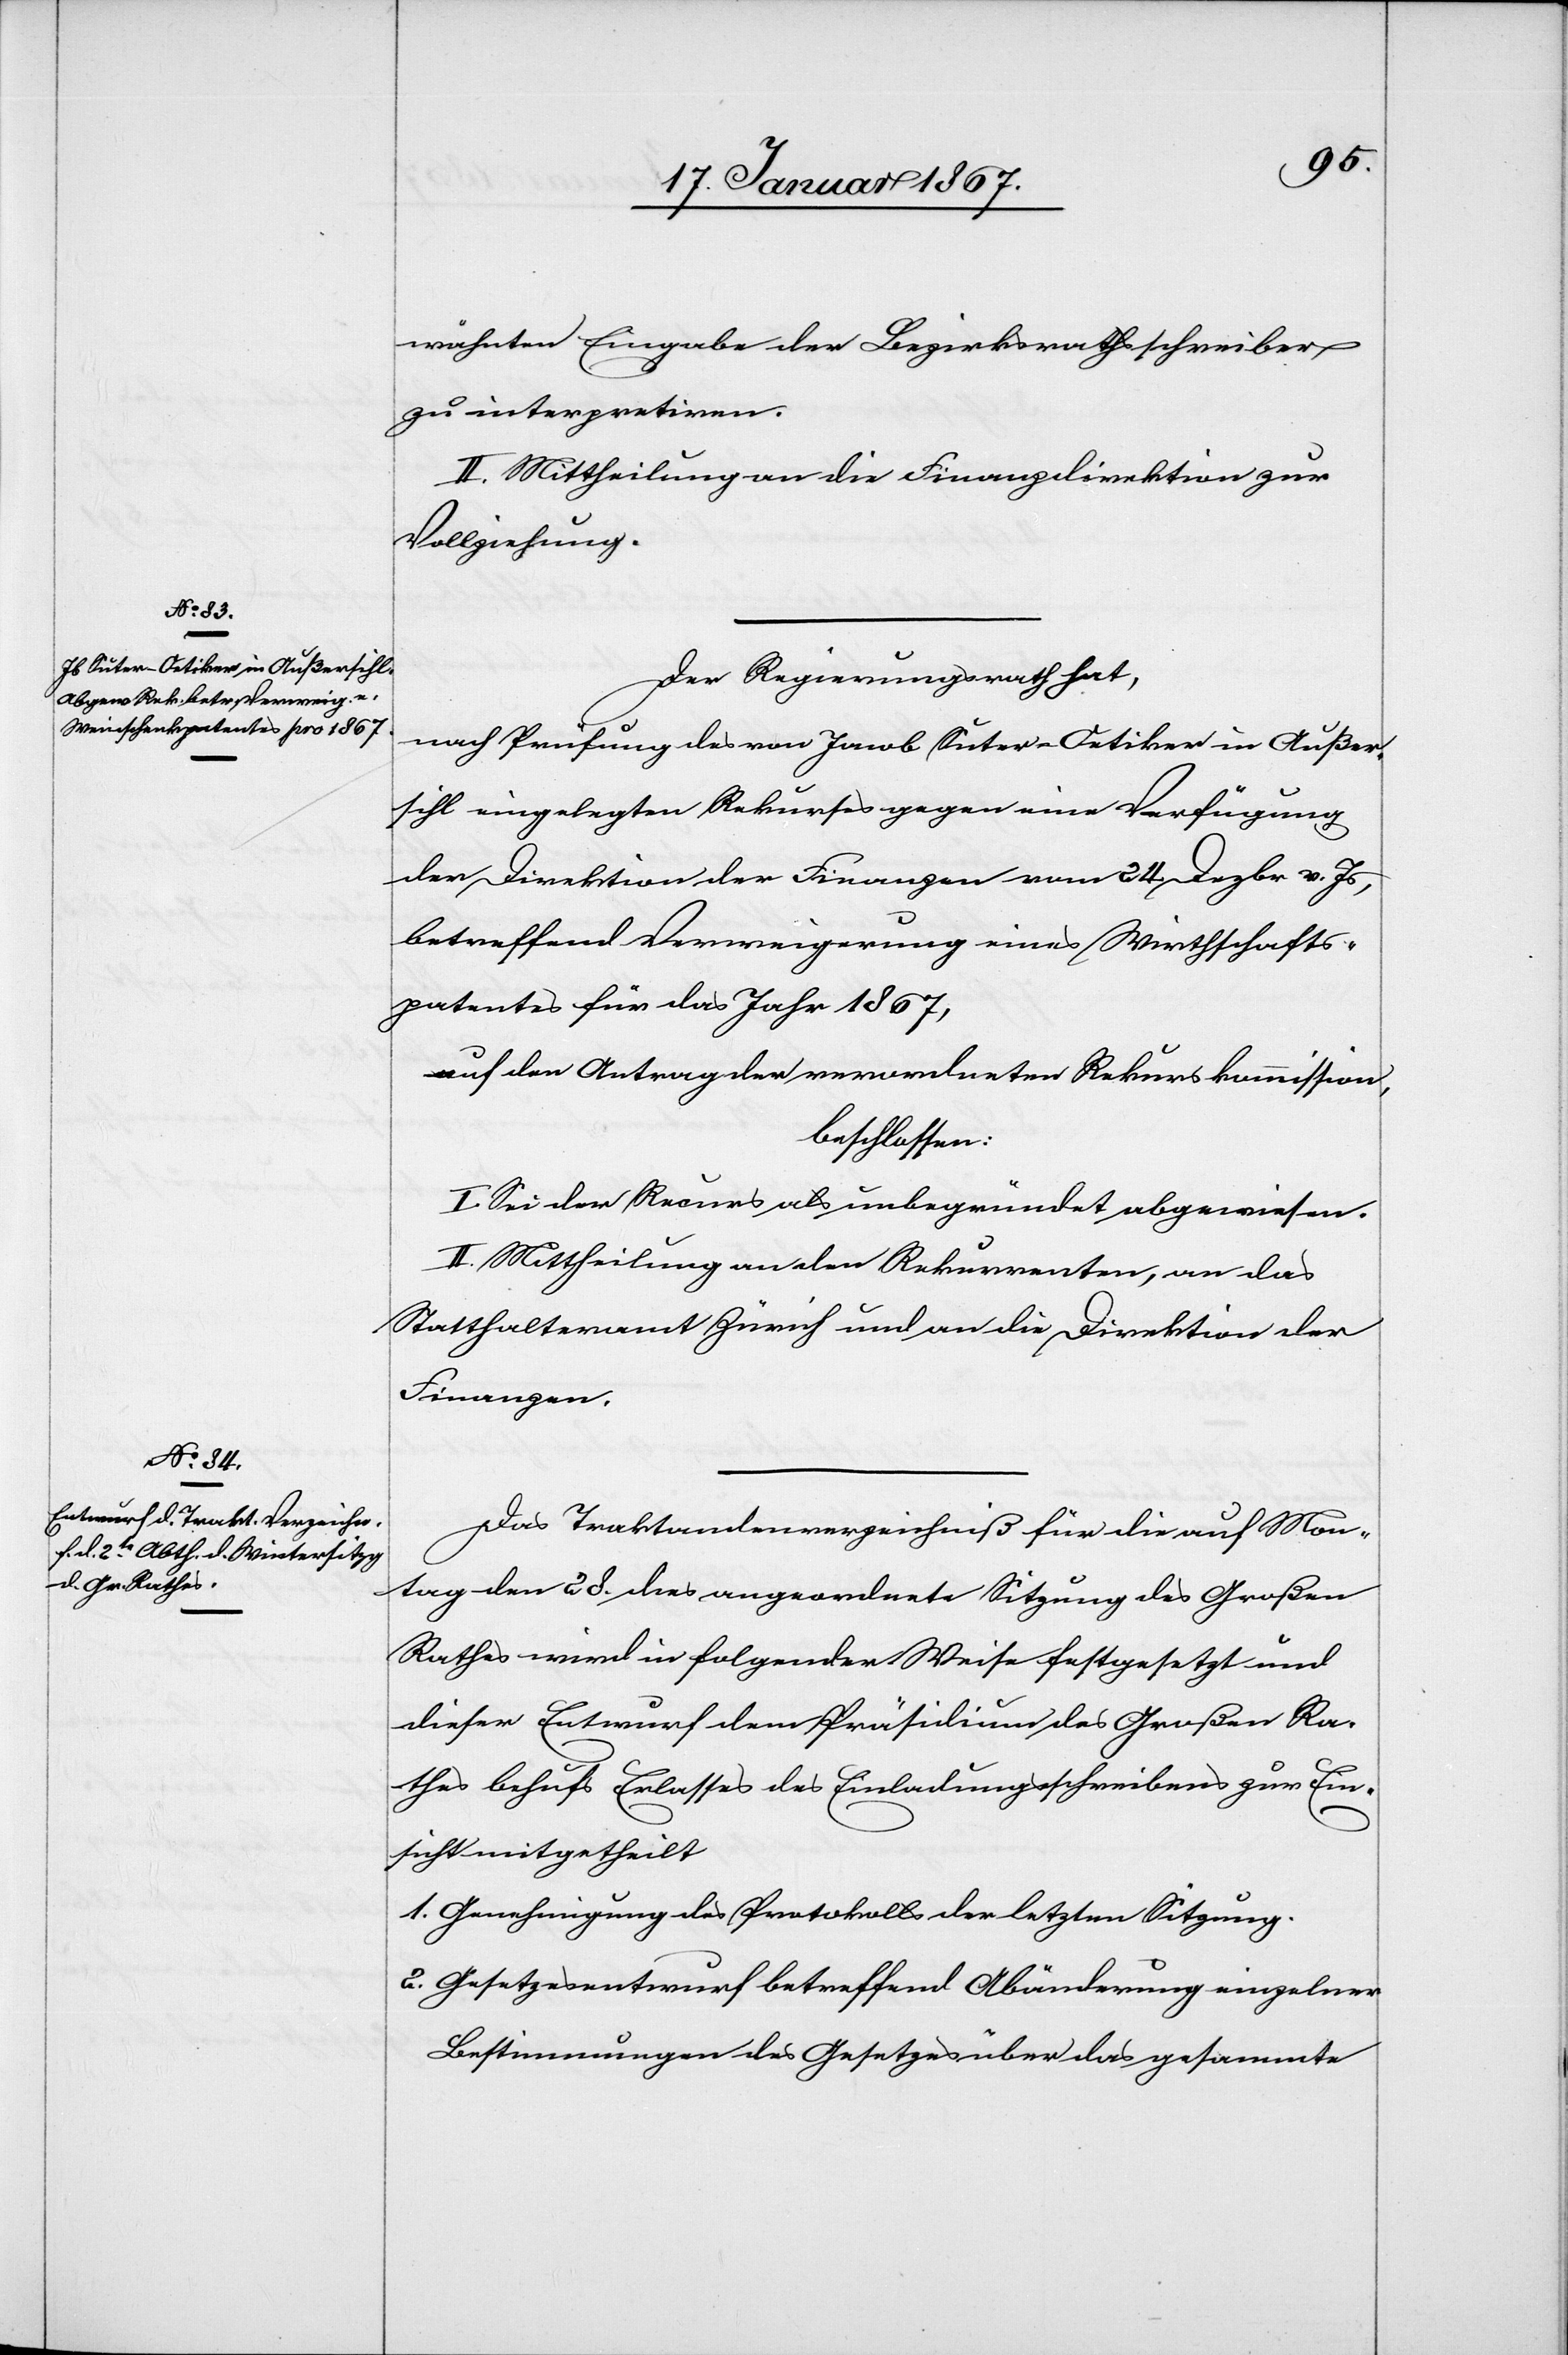
wähnten Eingabe der Bezirksrathsschreiber
zu interpretiren.
II. Mittheilung an die Finanzdirektion zur
Vollziehung.
Der Regierungsrath hat,
nach Prüfung des von Jacob Suter-Oetiker in Außer¬
sihl eingelegten Rekurses gegen eine Verfügung
der Direktion der Finanzen vom 24. Dezbr v. Js,
betreffend Verweigerung eines Wirthschafts¬
patentes für das Jahr 1867,
auf den Antrag der verordneten Rekurskommission,
beschlossen:
I. Sei der Recurs als unbegründet abgewiesen.
II. Mittheilung an den Rekurrenten, an das
Statthalteramt Zürich und an die Direktion der
Finanzen.
Das Traktandenverzeichniß für die auf Mon¬
tag den 28. dies angeordnete Sitzung des Großen
Rathes wird in folgender Weise festgesetzt und
dieser Entwurf dem Präsidium des Großen Ra¬
thes behufs Erlasses des Einladungsschreibens zur Ein¬
sicht mitgetheilt
1. Genehmigung des Protokolls der letzten Sitzung.
2. Gesetzesentwurf betreffend Abänderung einzelner
Bestimmungen des Gesetzes über das gesammte